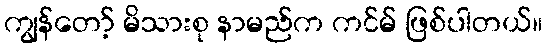
ကျွန်တော့် မိသားစု နာမည်က ကင်မ် ဖြစ်ပါတယ်။